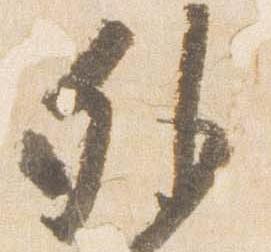
外